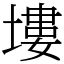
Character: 塿